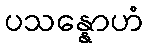
ပသန္နောဟံ